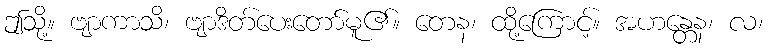
ဤသို့။ ဗျာကာသိ၊ ဗျာဒိတ်ပေးတော်မူ၏။ တေန၊ ထို့ကြောင့်။ အဟန္တေန၊ လ၊